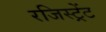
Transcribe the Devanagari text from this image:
रजिस्ट्रेंट